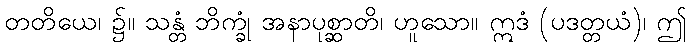
တတိယေ၊ ၌။ သန္တံ ဘိက္ခုံ အနာပုစ္ဆာတိ၊ ဟူသော။ ဣဒံ (ပဒတ္တယံ)၊ ဤ